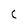
Character: C